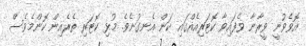
އޮވެވުނީ ވީރާނާ ވެފައިވާ ކޮޓަރިއެއްގައި ކަން އެނގުނެވެ. މުޅި ކޮޓަރި ތެރެއިން ކޮންމެވެސް